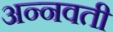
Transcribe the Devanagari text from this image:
अन्नवती